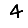
Digit: 4